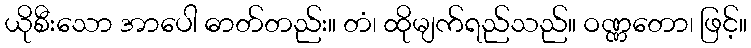
ယိုစီးသော အာပေါ ဓာတ်တည်း။ တံ၊ ထိုမျက်ရည်သည်။ ဝဏ္ဏတော၊ ဖြင့်။